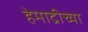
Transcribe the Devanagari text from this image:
हेमाद्रीच्या